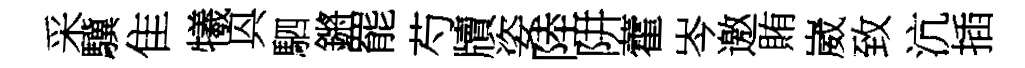
采驥隹犧㒷駟鏘罷芍牘姿陸阱藿岑邀賄崴致沆插